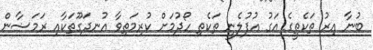
ބުނާ އިރު ތަކެތީގެ އަގު އުފުލެނީ ތަކެތި ހޯދުމަށް ކުރިމަތިވާ އުނދަގޫތަކާއި ރަމަޟާން